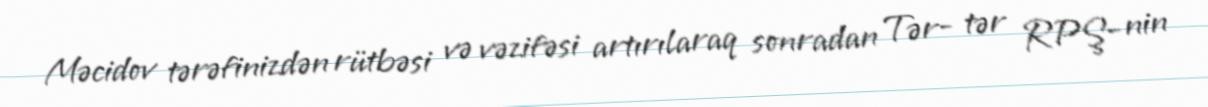
Məcidov tərəfinizdən rütbəsi və vəzifəsi artırılaraq sonradan Tər- tər RPŞ- nin